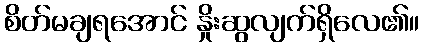
စိတ်မချရအောင် နှိုးဆွလျက်ရှိလေ၏။